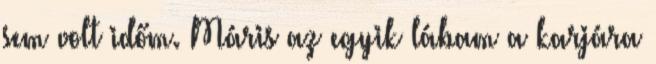
sem volt időm. Máris az egyik lábam a karjára